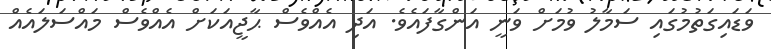
ވަޑައިގަތުމުގައި ސަމާލު ވުމަށް ވަނީ އަންގާފައެވެ. އަދި އެއްވެސް ޙާޖީއަކަށް އެއްވެސް މައްސަލައެއް